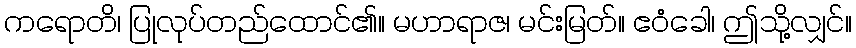
ကရောတိ၊ ပြုလုပ်တည်ထောင်၏။ မဟာရာဇ၊ မင်းမြတ်။ ဧဝံခေါ၊ ဤသို့လျှင်။